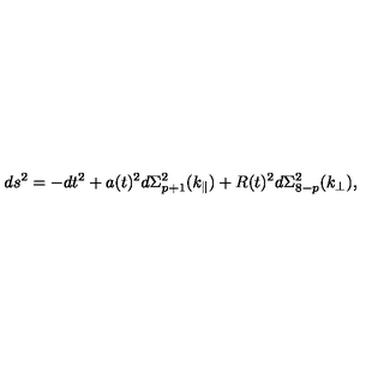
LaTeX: d s ^ { 2 } = - d t ^ { 2 } + a ( t ) ^ { 2 } d \Sigma _ { p + 1 } ^ { 2 } ( k _ { \parallel } ) + R ( t ) ^ { 2 } d \Sigma _ { 8 - p } ^ { 2 } ( k _ { \perp } ) ,